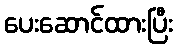
ပေးဆောင်ထားပြီး